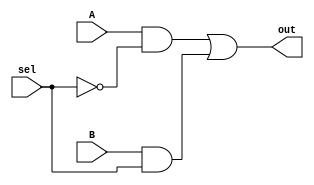
module Mux(A, B, sel, out);
    input A, B, sel;
    output out;

    assign out = (A & ~sel) | (B & sel);
endmodule